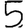
Digit: 5